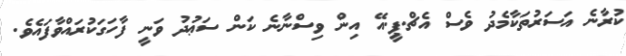
ކުރާނެ އަސަރުތަކާމެދު ވެސް އެޗް.ޕީ.އޭ އިން ވިސްނާނެ ކަން ސަޢުދު ވަނީ ފާހަގަކުރައްވާފައެވެ.